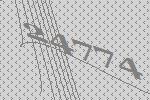
24774